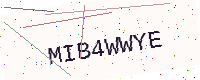
Text: MIB4WWYE